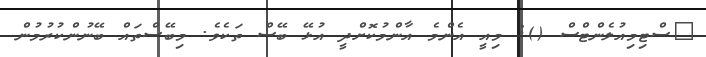
ސްޓިމިއުލެންޓްސް (): މިއީ އެންމެ އާންމުކޮށްދީ އުޅޭ ބޭސް ތަކެވެ. މިބޭސްތައް ބޭނުންކުރުމުން